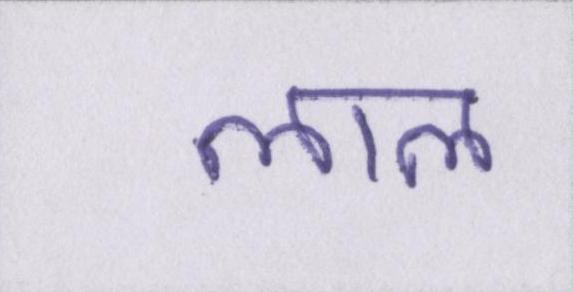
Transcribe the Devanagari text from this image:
लाल